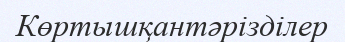
Көртышқантәрізділер